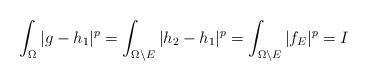
LaTeX: \begin{align*}\int_\Omega|g-h_1|^p=\int_{\Omega\setminus{E}}|h_2-h_1|^p=\int_{\Omega\setminus{E}}|f_E|^p=I\end{align*}